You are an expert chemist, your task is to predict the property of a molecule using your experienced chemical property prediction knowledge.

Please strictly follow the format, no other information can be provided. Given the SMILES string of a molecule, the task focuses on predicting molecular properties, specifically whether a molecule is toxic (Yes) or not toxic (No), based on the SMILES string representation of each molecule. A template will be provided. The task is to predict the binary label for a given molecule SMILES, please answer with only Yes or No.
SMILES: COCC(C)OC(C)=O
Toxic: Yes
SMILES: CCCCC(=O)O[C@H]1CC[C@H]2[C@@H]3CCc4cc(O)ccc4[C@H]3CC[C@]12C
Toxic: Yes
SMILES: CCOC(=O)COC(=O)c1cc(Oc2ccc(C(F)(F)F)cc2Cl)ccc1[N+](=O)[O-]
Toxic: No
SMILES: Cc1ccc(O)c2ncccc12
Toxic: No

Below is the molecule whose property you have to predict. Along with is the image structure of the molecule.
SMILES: Nc1ccc(S(=O)(=O)c2ccc(N)cc2)cc1
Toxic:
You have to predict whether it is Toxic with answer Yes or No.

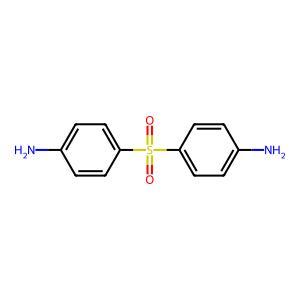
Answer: No